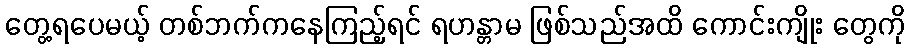
တွေ့ရပေမယ့် တစ်ဘက်ကနေကြည့်ရင် ရဟန္တာမ ဖြစ်သည်အထိ ကောင်းကျိုး တွေကို